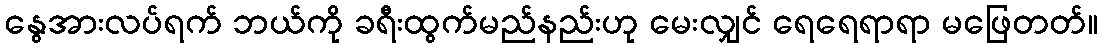
နွေအားလပ်ရက် ဘယ်ကို ခရီးထွက်မည်နည်းဟု မေးလျှင် ရေရေရာရာ မဖြေတတ်။